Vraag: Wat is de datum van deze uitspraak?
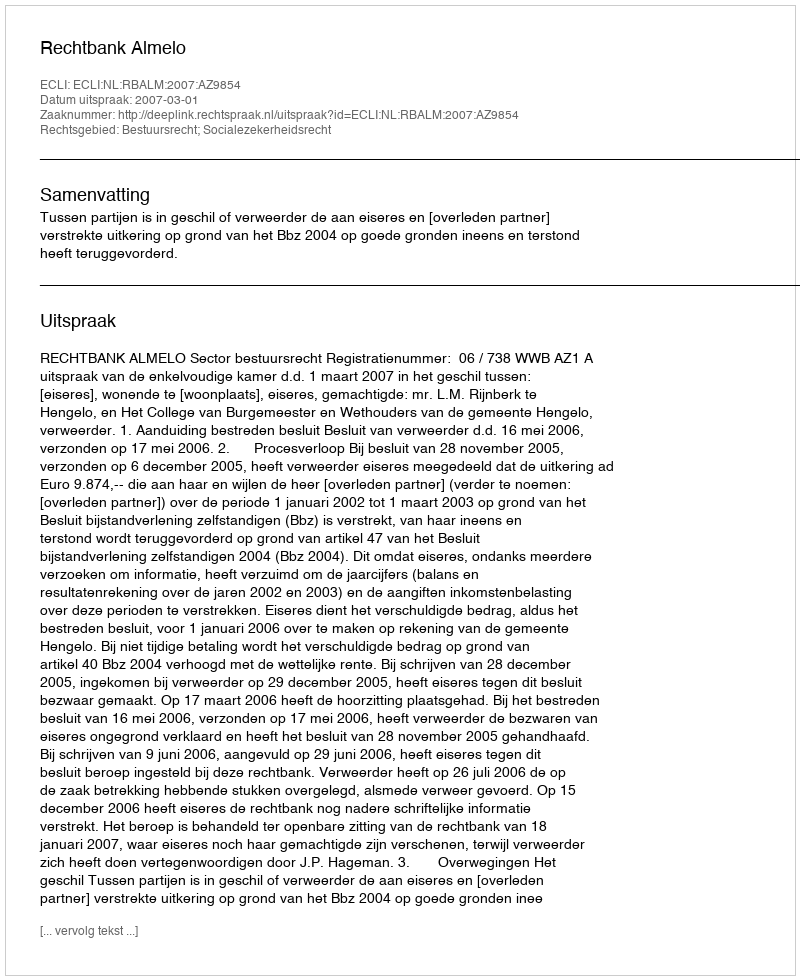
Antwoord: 2007-03-01